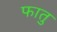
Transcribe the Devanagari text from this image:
फातु